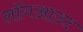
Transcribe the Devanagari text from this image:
लॉगआउट